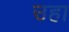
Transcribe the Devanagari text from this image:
उहा